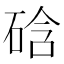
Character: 𥓂